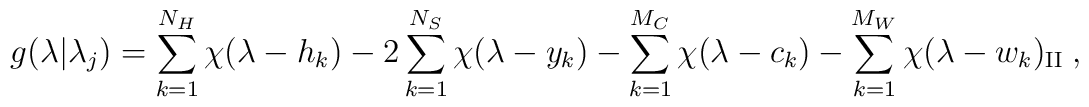
\displaystyle g(\lambda |\lambda _{j})=\sum ^{N_{H}}_{k=1}\chi (\lambda -h_{k})-2\sum ^{N_{S}}_{k=1}\chi (\lambda -y_{k})-\sum ^{M_{C}}_{k=1}\chi (\lambda -c_{k})-\sum ^{M_{W}}_{k=1}\chi (\lambda -w_{k})_{\mathrm{II}}\: ,